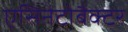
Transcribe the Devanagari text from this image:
एसिनेटोबैक्टर